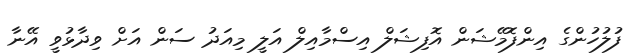
ފުލުހުންގެ އިންފޮމޭޝަން އޮފިޝަލް އިސްމާއިލް އަލީ މިއަދު ސަން އަށް ވިދާޅުވީ އޭނާ